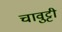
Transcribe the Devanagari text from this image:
चावुट्टी